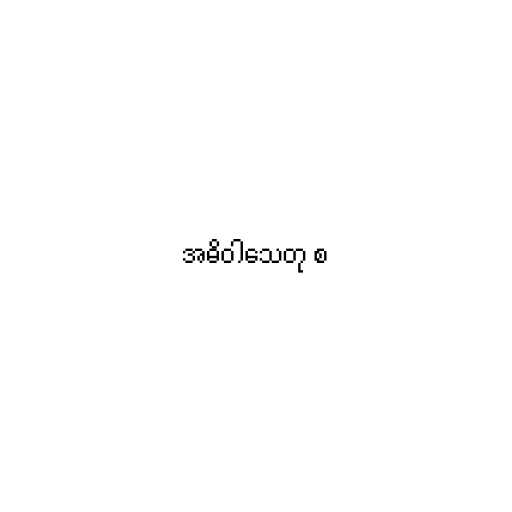
အဓိဝါသေတု စ